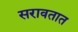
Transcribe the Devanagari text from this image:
सरावतात